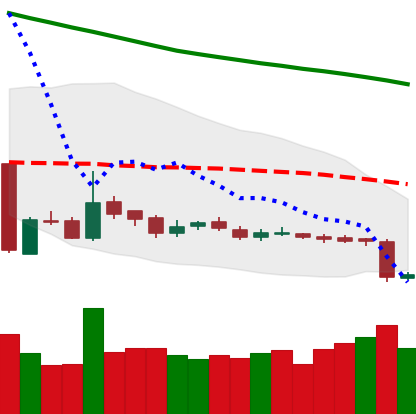
Ticker: LTC-USD
Chart end date: 2018-10-30
Forward return: 8.882%
Label: up_7plus